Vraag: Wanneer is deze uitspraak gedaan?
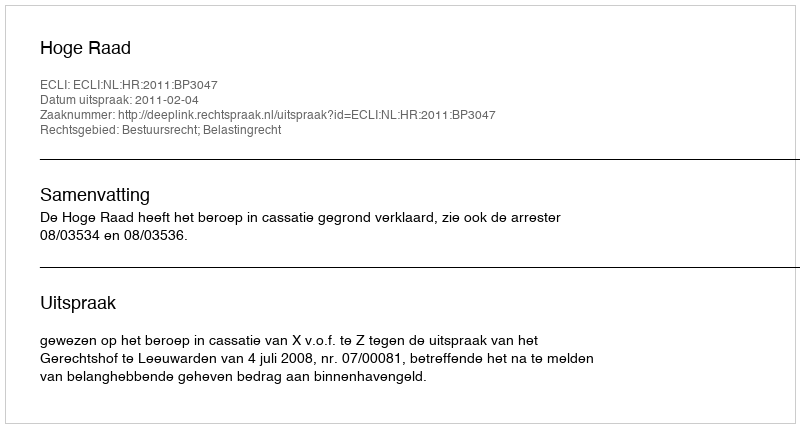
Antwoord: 2011-02-04